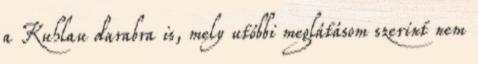
a Kuhlau darabra is, mely utóbbi meglátásom szerint nem